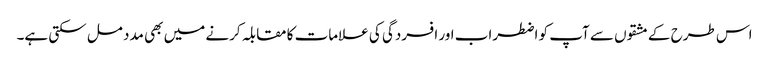
اس طرح کے مشقوں سے آپ کو اضطراب اور افسردگی کی علامات کا مقابلہ کرنے میں بھی مدد مل سکتی ہے۔